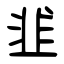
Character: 韯